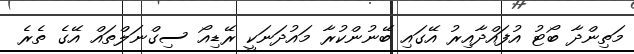
މަތިންދާ ބޯޓު އުފައްދާއިރު އޭގައި ބޭނުންކުރާ މައުދަނަކީ ރޭޑިއޯ ސިގްނަލްތައް އޭގެ ތެރެ